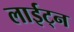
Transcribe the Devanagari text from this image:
लाईट्न